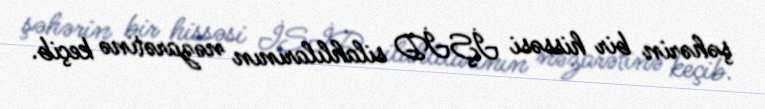
şəhərin bir hissəsi İŞİD silahlılarının nəzarətinə keçib.